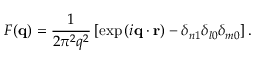
F ( \mathbf { q } ) = \frac { 1 } { 2 \pi ^ { 2 } q ^ { 2 } } \left[ \exp { ( i \mathbf { q } \cdot \mathbf { r } ) } - \delta _ { n 1 } \delta _ { l 0 } \delta _ { m 0 } \right] .